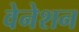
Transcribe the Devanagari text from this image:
वेनेशन